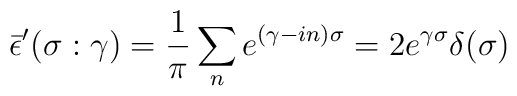
\bar{\epsilon}'(\sigma:\gamma)=\frac{1}{\pi}\sum _{n}e^{(\gamma-in)\sigma}=2e^{\gamma\sigma}\delta(\sigma)